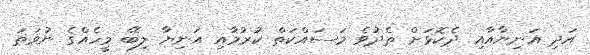
އަދި އަނިޔާއާއި ދެކޮޅަށް ތެދުވެ މަސައްކަތް ކުރުމާއި އަނިޔާ ލިބޭ މީހެއްގެ ނުވަތަ